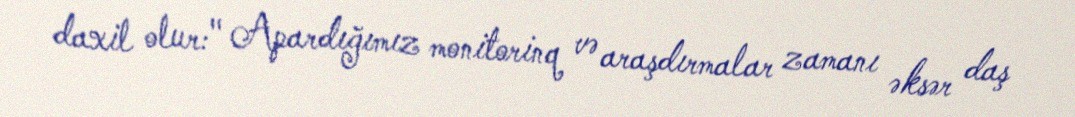
daxil olur:" Apardığımız monitorinq və araşdırmalar zamanı əksər daş